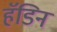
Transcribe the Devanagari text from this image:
हॅडिन